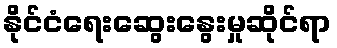
နိုင်ငံရေးဆွေးနွေးမှုဆိုင်ရာ